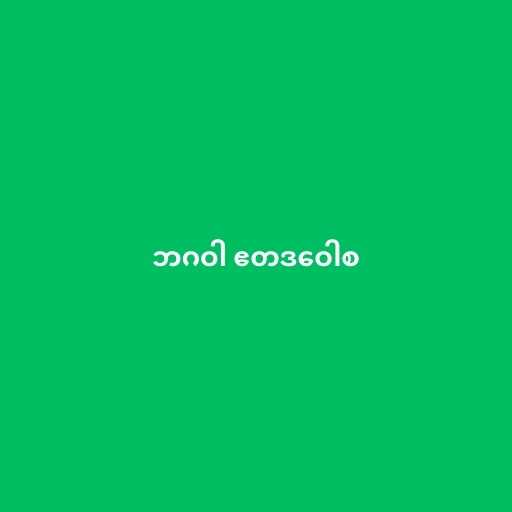
ဘဂဝါ ဧတဒဝေါစ